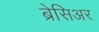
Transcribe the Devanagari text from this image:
ब्रेसिअर